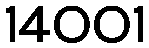
14001